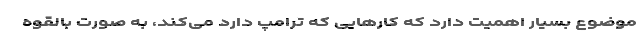
موضوع بسیار اهمیت دارد که کارهایی که ترامپ دارد می‌کند، به صورت بالقوه